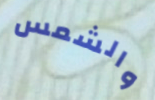
والشمس